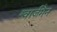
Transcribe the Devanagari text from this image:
श्वार्ज़मैन